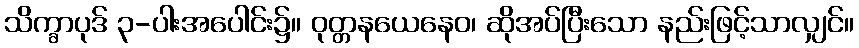
သိက္ခာပုဒ် ၃-ပါးအပေါင်း၌။ ဝုတ္တနယေနေဝ၊ ဆိုအပ်ပြီးသော နည်းဖြင့်သာလျှင်။